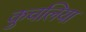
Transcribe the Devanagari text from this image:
कुचलिया